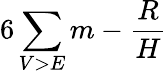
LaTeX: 6\sum\limits_{V>E}m-\frac{R}{H}